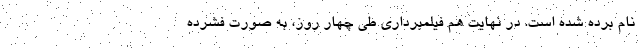
نام برده شده است. در نهایت هم فیلمبرداری طی چهار روز، به صورت فشرده